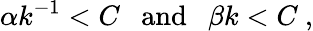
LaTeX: \alpha k^{-1}<C\ \ \ \mathrm{and}\ \ \ \beta k<C\ ,